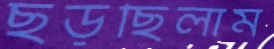
ছড়ছিলাম